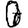
Digit: 0